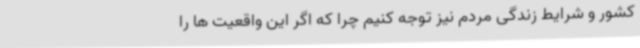
کشور و شرایط زندگی مردم نیز توجه کنیم چرا که اگر این واقعیت ها را